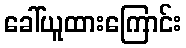
ခေါ်ယူထားကြောင်း